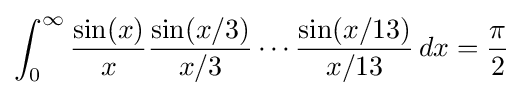
\int _{0}^{\infty }{\frac {\sin(x)}{x}}{\frac {\sin(x/3)}{x/3}}\cdots {\frac {\sin(x/13)}{x/13}}\,dx={\frac {\pi }{2}}